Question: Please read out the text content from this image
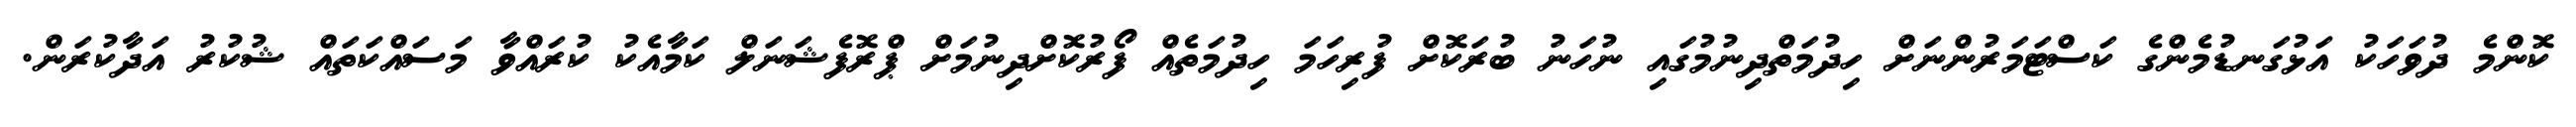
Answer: ކޮންމެ ދުވަހަކު އަޅުގަނޑުމެންގެ ކަސްޓަމަރުންނަށް ހިދުމަތްދިނުމުގައި ނުހަނު ބުރަކޮށް ފުރިހަމަ ހިދުމަތެއް ފޯރުކޮށްދިނުމަށް ޕްރޮފެޝަނަލް ކަމާއެކު ކުރައްވާ މަސައްކަތައް ޝުކުރު އަދާކުރަން.